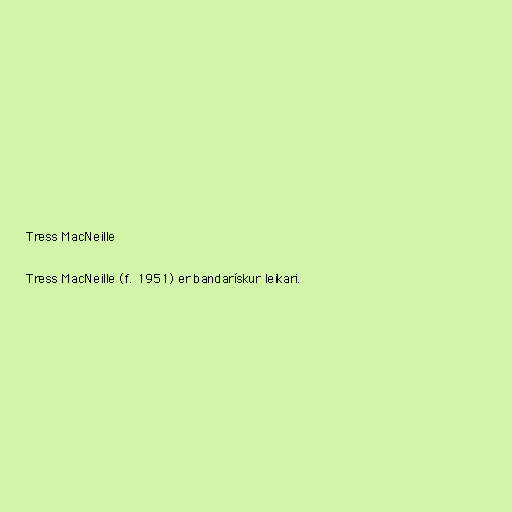
Tress MacNeille

Tress MacNeille (f. 1951) er bandarískur leikari.